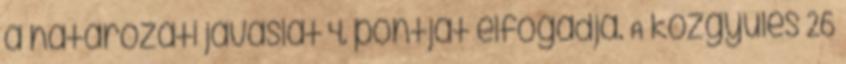
a határozati javaslat 4. pontját elfogadja. A közgyűlés 26